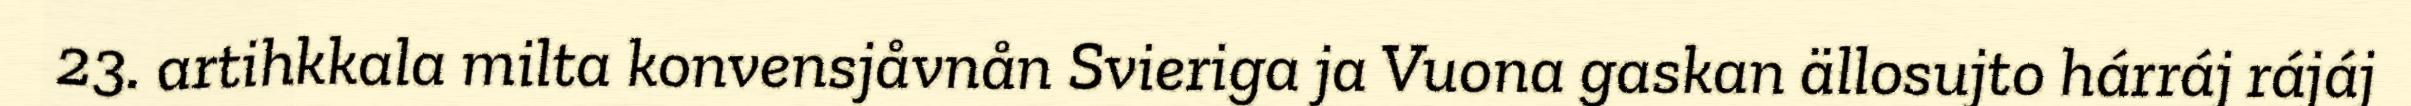
23. artihkkala milta konvensjåvnån Svieriga ja Vuona gaskan ällosujto hárráj rájáj